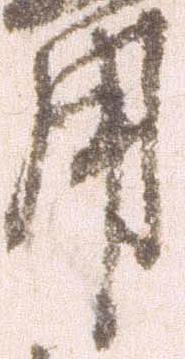
用